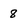
Character: 8